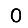
Digit: 0